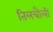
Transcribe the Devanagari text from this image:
तिलचौली